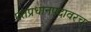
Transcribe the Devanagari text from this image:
पंतप्रधानपदावरच